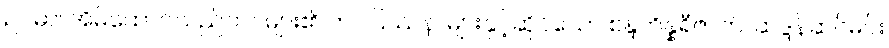
ဥပမာ၊ အိမ်ထောင်သည်ဘဝများ၏ ဘဝပြဿနာများနှင့်ဆိုင်သော စန္ဒကိန္နရီဇာတ်၊ ဆဒ္ဒန်ဆင်မင်း